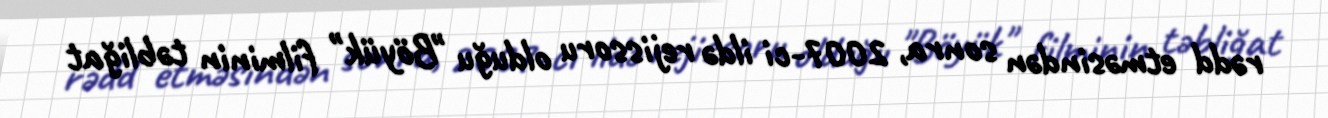
rədd etməsindən sonra, 2007-ci ildə rejissoru olduğu "Böyük" filminin təbliğat